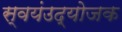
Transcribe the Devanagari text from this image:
स्वयंउद्योजक